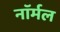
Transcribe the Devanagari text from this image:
नाॅर्मल